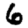
Digit: 6